Scottish Certificate of Education, 1963
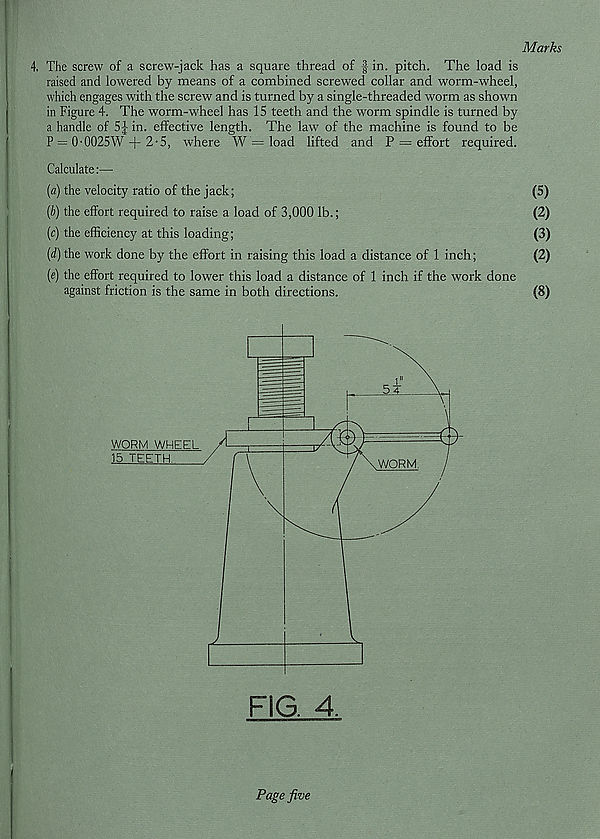
Marks
4. The screw of a screw-jack has a square thread of f in. pitch. The load is
raised and lowered by means of a combined screwed collar and worm-wheel,
which engages with the screw and is turned by a single-threaded worm as shotvn
in Figure 4. The worm-wheel has IS teeth and the worm spindle is turned by
a handle of 5J in. effective length. The law of the machine is found to be
P = 0-0025W + 2-5, where W = load lifted and P = effort required.
Calculate:—
(a) the velocity ratio of the jack;
(5)
(b) the effort required to raise a load of 3,000 lb.;
(2)
(c) the efficiency at this loading;
(3)
(d) the work done by the effort in raising this load a distance of 1 inch;
(2)
(e) the effort required to lower this load a distance of 1 inch if the work done
against friction is the same in both directions.
(8)
Page five